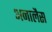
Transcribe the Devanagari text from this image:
अनालैस